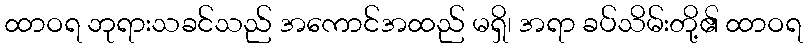
ထာဝရ ဘုရားသခင်သည် အကောင်အထည် မရှိ၊ အရာ ခပ်သိမ်းတို့၏ ထာဝရ